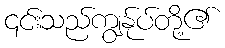
၎င်းသည်ကျွန်ုပ်တို့၏